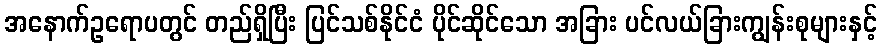
အနောက်ဥရောပတွင် တည်ရှိပြီး ပြင်သစ်နိုင်ငံ ပိုင်ဆိုင်သော အခြား ပင်လယ်ခြားကျွန်းစုများနှင့်